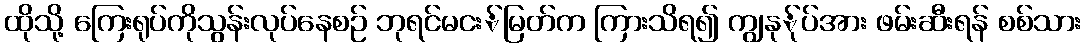
ထိုသို့ ကြေးရုပ်ကိုသွန်းလုပ်နေစဉ် ဘုရင်မငး်မြတ်က ကြားသိရ၍ ကျွနု်ုပ်အား ဖမ်းဆီးရန် စစ်သား